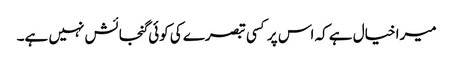
میرا خیال ہے کہ اس پر کسی تبصرے کی کوئی گنجائش نہیں ہے۔